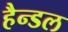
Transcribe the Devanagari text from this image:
हैन्डल